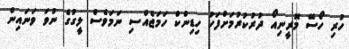
ހުރި ހޯސޭ މޮރީނިއޯ ދުރުކުރުމަށްފަހު ހިޑިންކް ހަމަޖެއްސި ނަމަވެސް ލީގުގެ ނުވަ ވަނައިން